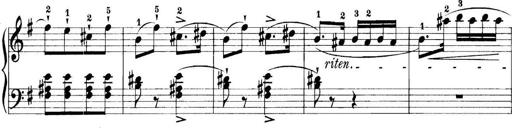
Title: 11 Sonatinas
Composer: Anton Diabelli